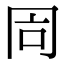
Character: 𠕑